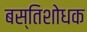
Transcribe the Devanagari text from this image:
बस्तिशोधक